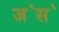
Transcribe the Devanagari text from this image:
ज॓स॓